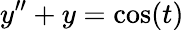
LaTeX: y^{\prime\prime}+y=\cos(t)